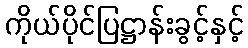
ကိုယ်ပိုင်ပြဋ္ဌာန်းခွင့်နှင့်